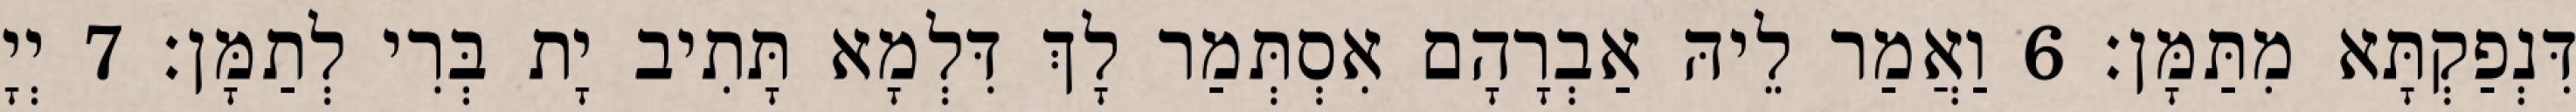
דִּנְפַקְתָּא מִתַּמָּן׃ 6 וַאֲמַר לֵיהּ אַבְרָהָם אִסְתְּמַר לָךְ דִּלְמָא תָּתִיב יָת בְּרִי לְתַמָּן׃ 7 יְיָ